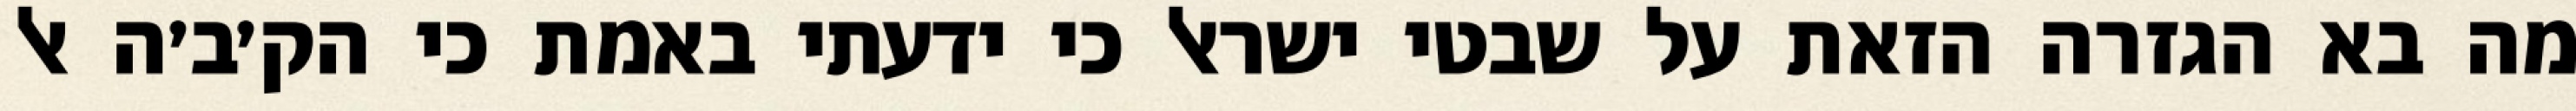
מה בא הגזרה הזאת על שבטי ישראל כי ידעתי באמת כי הק׳ב׳ה אל